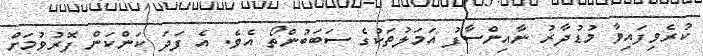
ކުރެވިފައިވާ މުޑުދާރު ނާއިންސާފު އަމަލުތަކުގެ ސަބަބުންތޯ އެވެ. އެ ފަދަ ކަންކަން ފޮރުވުމަށް